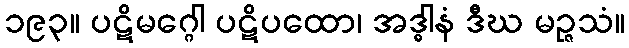
၁၉၃။ ပဋိမဂ္ဂေါ ပဋိပထော၊ အဒ္ဓါနံ ဒီဃ မဉ္ဇသံ။